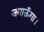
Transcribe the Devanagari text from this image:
जगाऊँगा।